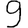
Digit: 9